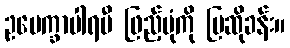
ဥပေက္ခာပါရမီ ဖြည့်ပုံကို ပြဆိုခန်း။